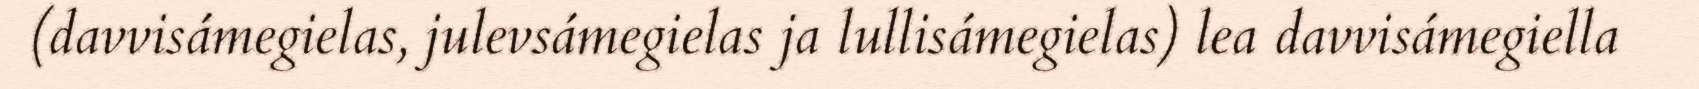
(davvisámegielas, julevsámegielas ja lullisámegielas) lea davvisámegiella